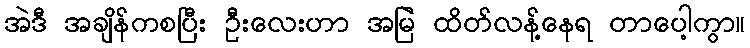
အဲဒီ အချိန်ကစပြီး ဦးလေးဟာ အမြဲ ထိတ်လန့်နေရ တာပေါ့ကွာ။